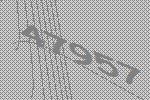
47957